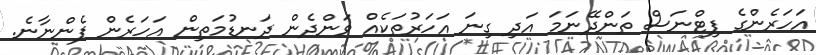
އަހަރެންގެ ފިޓްނަސް ތަންދޭނަމަ އަދި ގިނަ އަހަރުތަކެއް ވަންދެން ދަނޑުމަތިން އަހަރެން ފެންނާނެ.